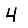
Digit: 4